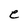
Character: e